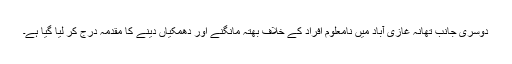
دوسری جانب تھانہ غازی آباد میں نامعلوم افراد کے خلاف بھتہ مانگنے اور دھمکیاں دینے کا مقدمہ درج کر لیا گیا ہے۔